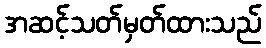
အဆင့်သတ်မှတ်ထားသည်